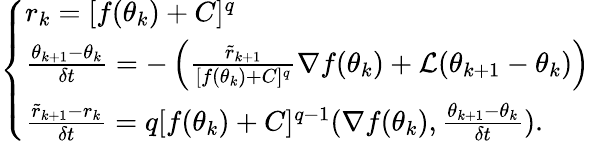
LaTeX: \left\{ \begin{array}{ll}{r_{k}=[f(\theta_{k})+C]^{q}}\\ {\frac{\theta_{k+1}-\theta_{k}}{\delta t}=-\left(\frac{\tilde{r}_{k+1}}{[f(\theta_{k})+C]^{q}}\nabla f(\theta_{k})+\mathcal{L}(\theta_{k+1}-\theta_{k})\right)}\\ {\frac{\tilde{r}_{k+1}-r_{k}}{\delta t}=q[f(\theta_{k})+C]^{q-1}(\nabla f(\theta_{k}),\frac{\theta_{k+1}-\theta_{k}}{\delta t}).}\end{array}\right.